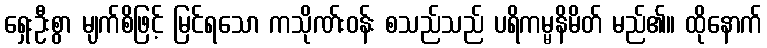
ရှေးဦးစွာ မျက်စိဖြင့် မြင်ရသော ကသိုဏ်းဝန်း စသည်သည် ပရိကမ္မနိမိတ် မည်၏။ ထိုနောက်